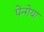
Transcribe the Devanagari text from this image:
पेन्गेया